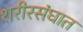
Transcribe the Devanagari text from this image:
शरीरसंघात